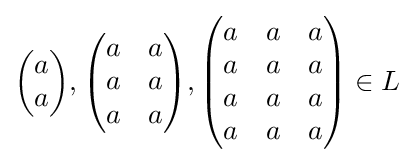
{\begin{pmatrix}a\\a\end{pmatrix}},{\begin{pmatrix}a&a\\a&a\\a&a\end{pmatrix}},{\begin{pmatrix}a&a&a\\a&a&a\\a&a&a\\a&a&a\end{pmatrix}}\in L